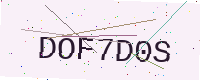
Text: DOF7D0S